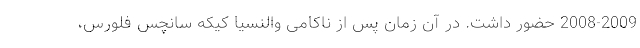
2008-2009 حضور داشت. در آن زمان پس از ناکامی والنسیا کیکه سانچس فلورس،